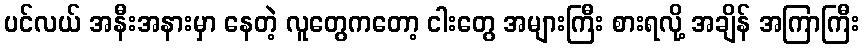
ပင်လယ် အနီးအနားမှာ နေတဲ့ လူတွေကတော့ ငါးတွေ အများကြီး စားရလို့ အချိန် အကြာကြီး